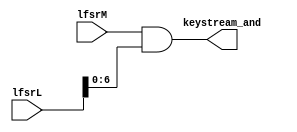
module andg (
    input [6:0] lfsrM,
    input [12:0] lfsrL,
    output [6:0] keystream_and
);

    assign keystream_and = lfsrM & lfsrL[6:0];
endmodule